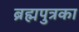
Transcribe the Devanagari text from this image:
ब्रह्मपुत्रका